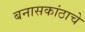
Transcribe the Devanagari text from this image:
बनासकांठाचे